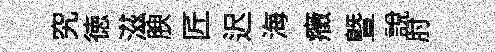
究徳滋腴匠迟海癥曁說肘